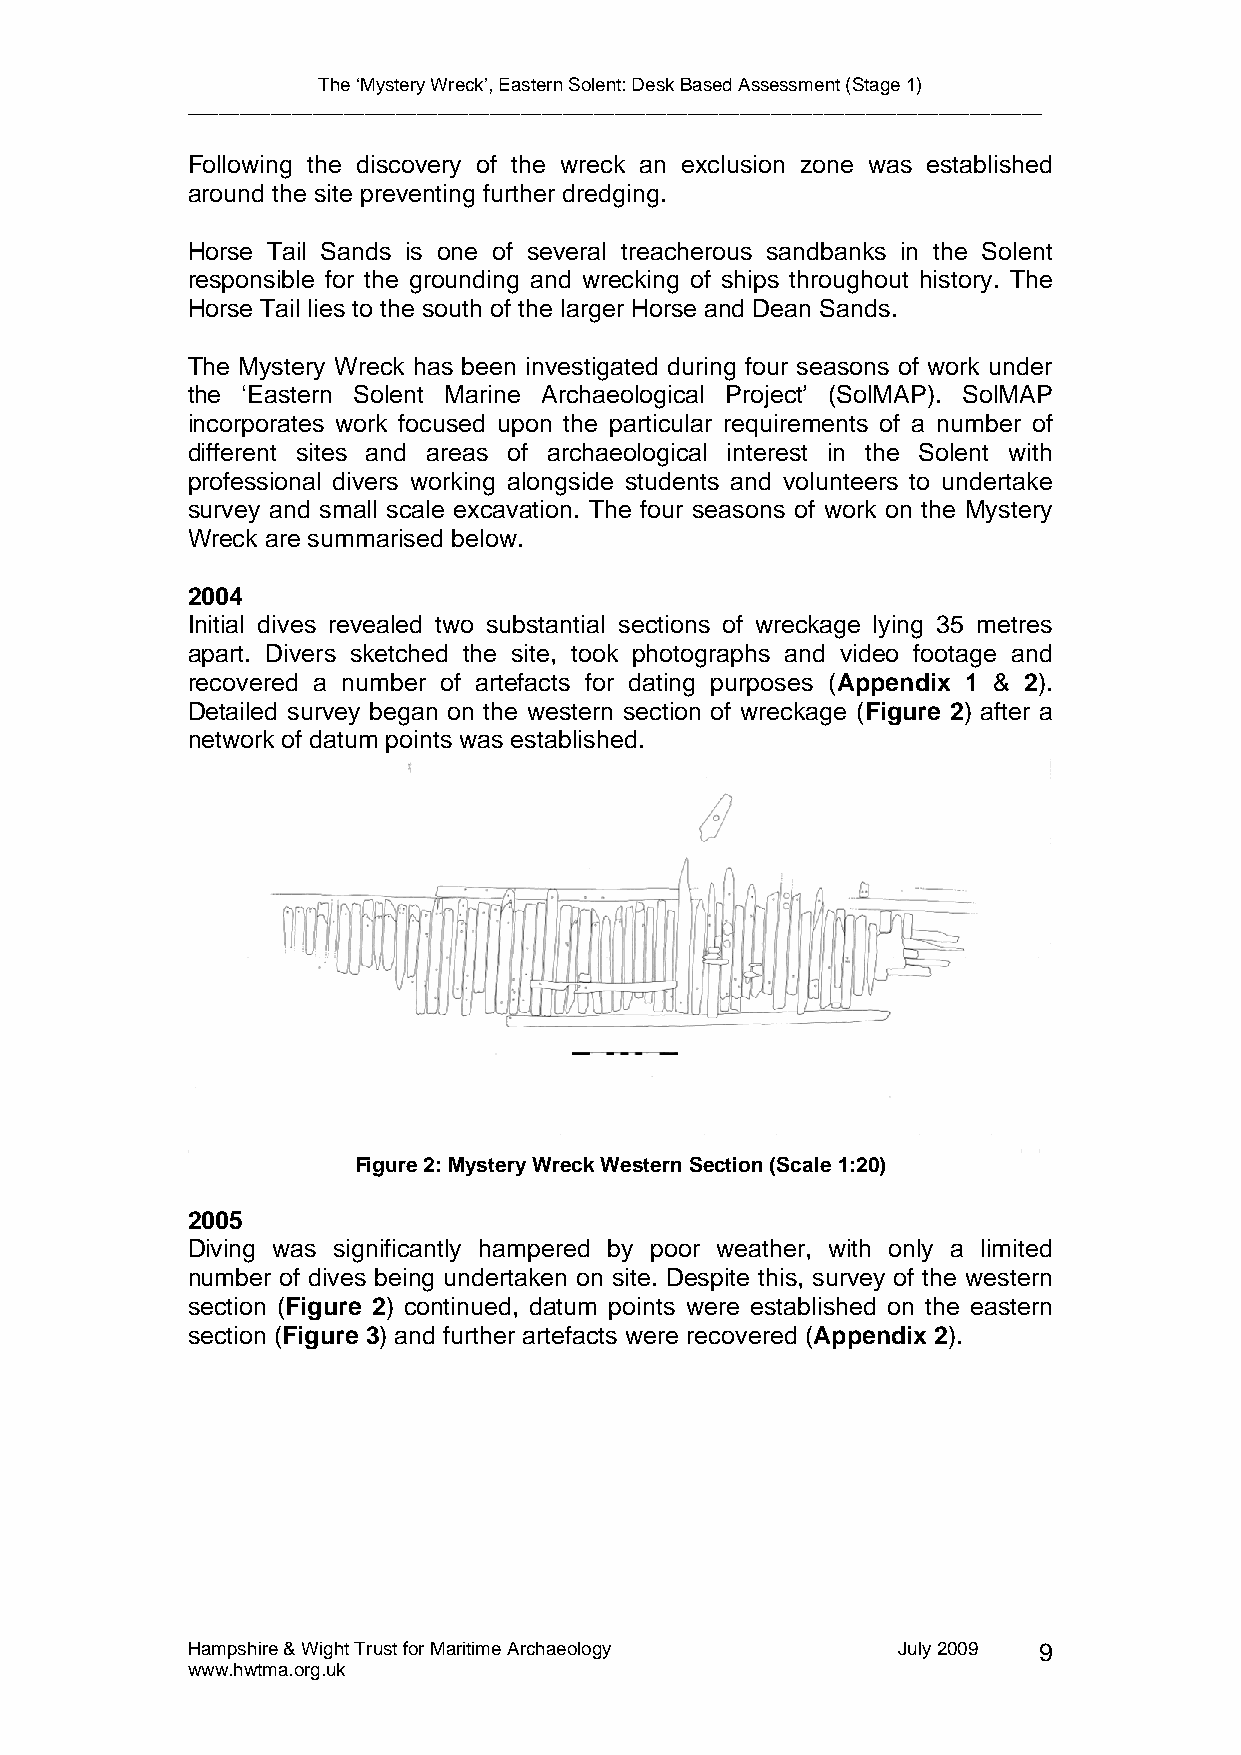
The ‘Mystery Wreck’, Eastern Solent: Desk Based Assessment (Stage 1)
 __________________________________________________________________________________
 Following the discovery of the wreck an exclusion zone was established
 around the site preventing further dredging.
 Horse Tail Sands is one of several treacherous sandbanks in the Solent
 responsible for the grounding and wrecking of ships throughout history. The
 Horse Tail lies to the south of the larger Horse and Dean Sands.
 The Mystery Wreck has been investigated during four seasons of work under
 the ‘Eastern Solent Marine Archaeological Project’ (SolMAP). SolMAP
 incorporates work focused upon the particular requirements of a number of
 different sites and areas of archaeological interest in the Solent with
 professional divers working alongside students and volunteers to undertake
 survey and small scale excavation. The four seasons of work on the Mystery
 Wreck are summarised below.
 2004
 Initial dives revealed two substantial sections of wreckage lying 35 metres
 apart. Divers sketched the site, took photographs and video footage and
 recovered a number of artefacts for dating purposes (Appendix 1 & 2).
 Detailed survey began on the western section of wreckage (Figure 2) after a
 network of datum points was established.
 Figure 2: Mystery Wreck Western Section (Scale 1:20)
 2005
 Diving was significantly hampered by poor weather, with only a limited
 number of dives being undertaken on site. Despite this, survey of the western
 section (Figure 2) continued, datum points were established on the eastern
 section (Figure 3) and further artefacts were recovered (Appendix 2).
 Hampshire & Wight Trust for Maritime Archaeology July 2009 9
 www.hwtma.org.uk